Report on lock hospitals in British Burma
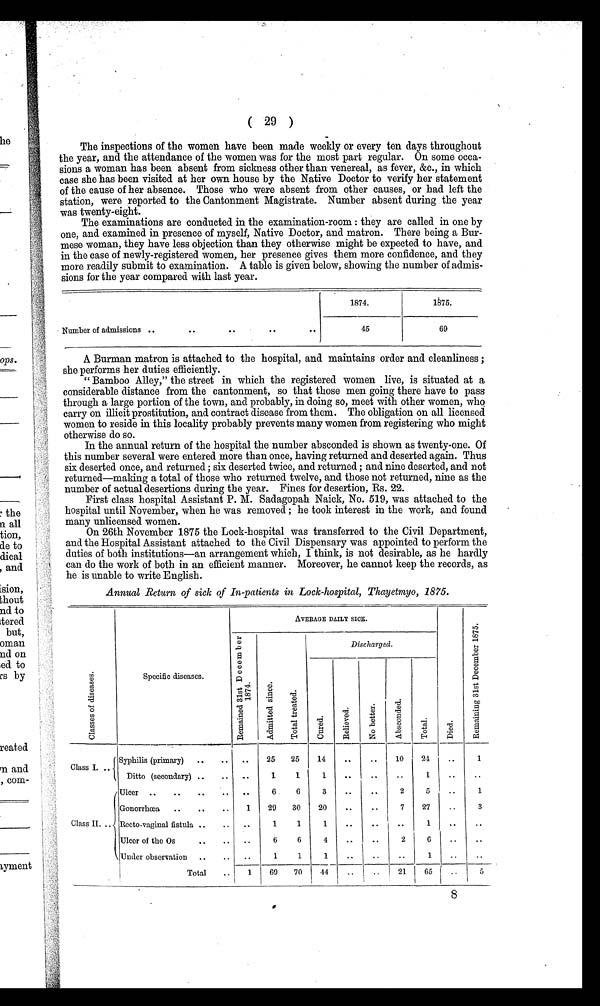
( 29 )
The inspections of the women have been made weekly or every ten days throughout
the year, and the attendance of the women was for the most part regular. On some occa-
sions a woman has been absent from sickness other than venereal, as fever, &c., in which
case she has been visited at her own house by the Native Doctor to verify her statement
of the cause of her absence. Those who were absent from other causes, or had left the
station, were reported to the Cantonment Magistrate. Number absent during the year
was twenty-eight.
The examinations are conducted in the examination-room : they are called in one by
one, and examined in presence of myself, Native Doctor, and matron. There being a Bur-
mese woman, they have less objection than they otherwise might be expected to have, and
in the case of newly-registered women, her presence gives them more confidence, and they
more readily submit to examination. A table is given below, showing the number of admis-
sions for the year compared with last year.
1874.
1875.
Number of admissions ..
..
..
..
..
45
69
A Burman matron is attached to the hospital, and maintains order and cleanliness ;
she performs her duties efficiently.
" Bamboo Alley," the street in which the registered women live, is situated at a
considerable distance from the cantonment, so that those men going there have to pass
through a large portion of the town, and probably, in doing so, meet with other women, who
carry on illicit prostitution, and contract disease from them. The obligation on all licensed
women to reside in this locality probably prevents many women from registering who might
otherwise do so.
In the annual return of the hospital the number absconded is shown as twenty-one. Of
this number several were entered more than once, having returned and deserted again. Thus
six deserted once, and returned ; six deserted twice, and returned ; and nine deserted, and not
returned—making a total of those who returned twelve, and those not returned, nine as the
number of actual desertions during the year. Fines for desertion, Rs. 22.
First class hospital Assistant P. M. Sadagopah Naick, No. 519, was attached to the
hospital until November, when he was removed ; he took interest in the work, and found
many unlicensed women.
On 26th November 1875 the Lock-hospital was transferred to the Civil Department,
and the Hospital Assistant attached to the Civil Dispensary was appointed to perform the
duties of both institutions—an arrangement which, I think, is not desirable, as he hardly
can do the work of both in an efficient manner. Moreover, he cannot keep the records, as
he is unable to write English.
Annual Returns of sick of In-patients in Lock-hospital, Thayetmyo,
1 8 7 5 .
C l a s s e s o f d i s e a s e s .
Specific diseases.
AVERAGE DAILY SICK.
D i e d .
R e m a i n i n g 3 1 s t D e c e m b e r 1 8 7 5 .
R e m a i n e d 3 1 s t D e c e m b e r 1 8 7 4 .
A d m i t t e d s i n c e .
T o t a l t r e a t e d .
Discharged.
C u r e d .
R e l i e v e d .
N o b e t t e r .
A b s c o n d e d . T o t a l .
Class I. ..
Syphilis (primary) ..
.. ..
25
25
14
..
.. 10 24
..
1
Ditto (secondary) ..
.. ..
1
1
1
..
..
..
1
..
. .
Class II.
Ulcer ..
..
..
.. ..
6
6
3
..
..
2
5
..
1
Gonorrhœa ..
..
..
1
29
30
20
..
..
7
27 ..
3
Recto-vaginal fistula ..
.. ..
1
1
1
..
..
..
1 ..
. .
Ulcer of the Os
..
.. ..
6
6
4
..
..
2
6
..
..
Under observation ..
..
..
1
1
1
..
..
..
1
..
. .
Total
..
1
69
70
44
..
..
21
65 ..
5
8